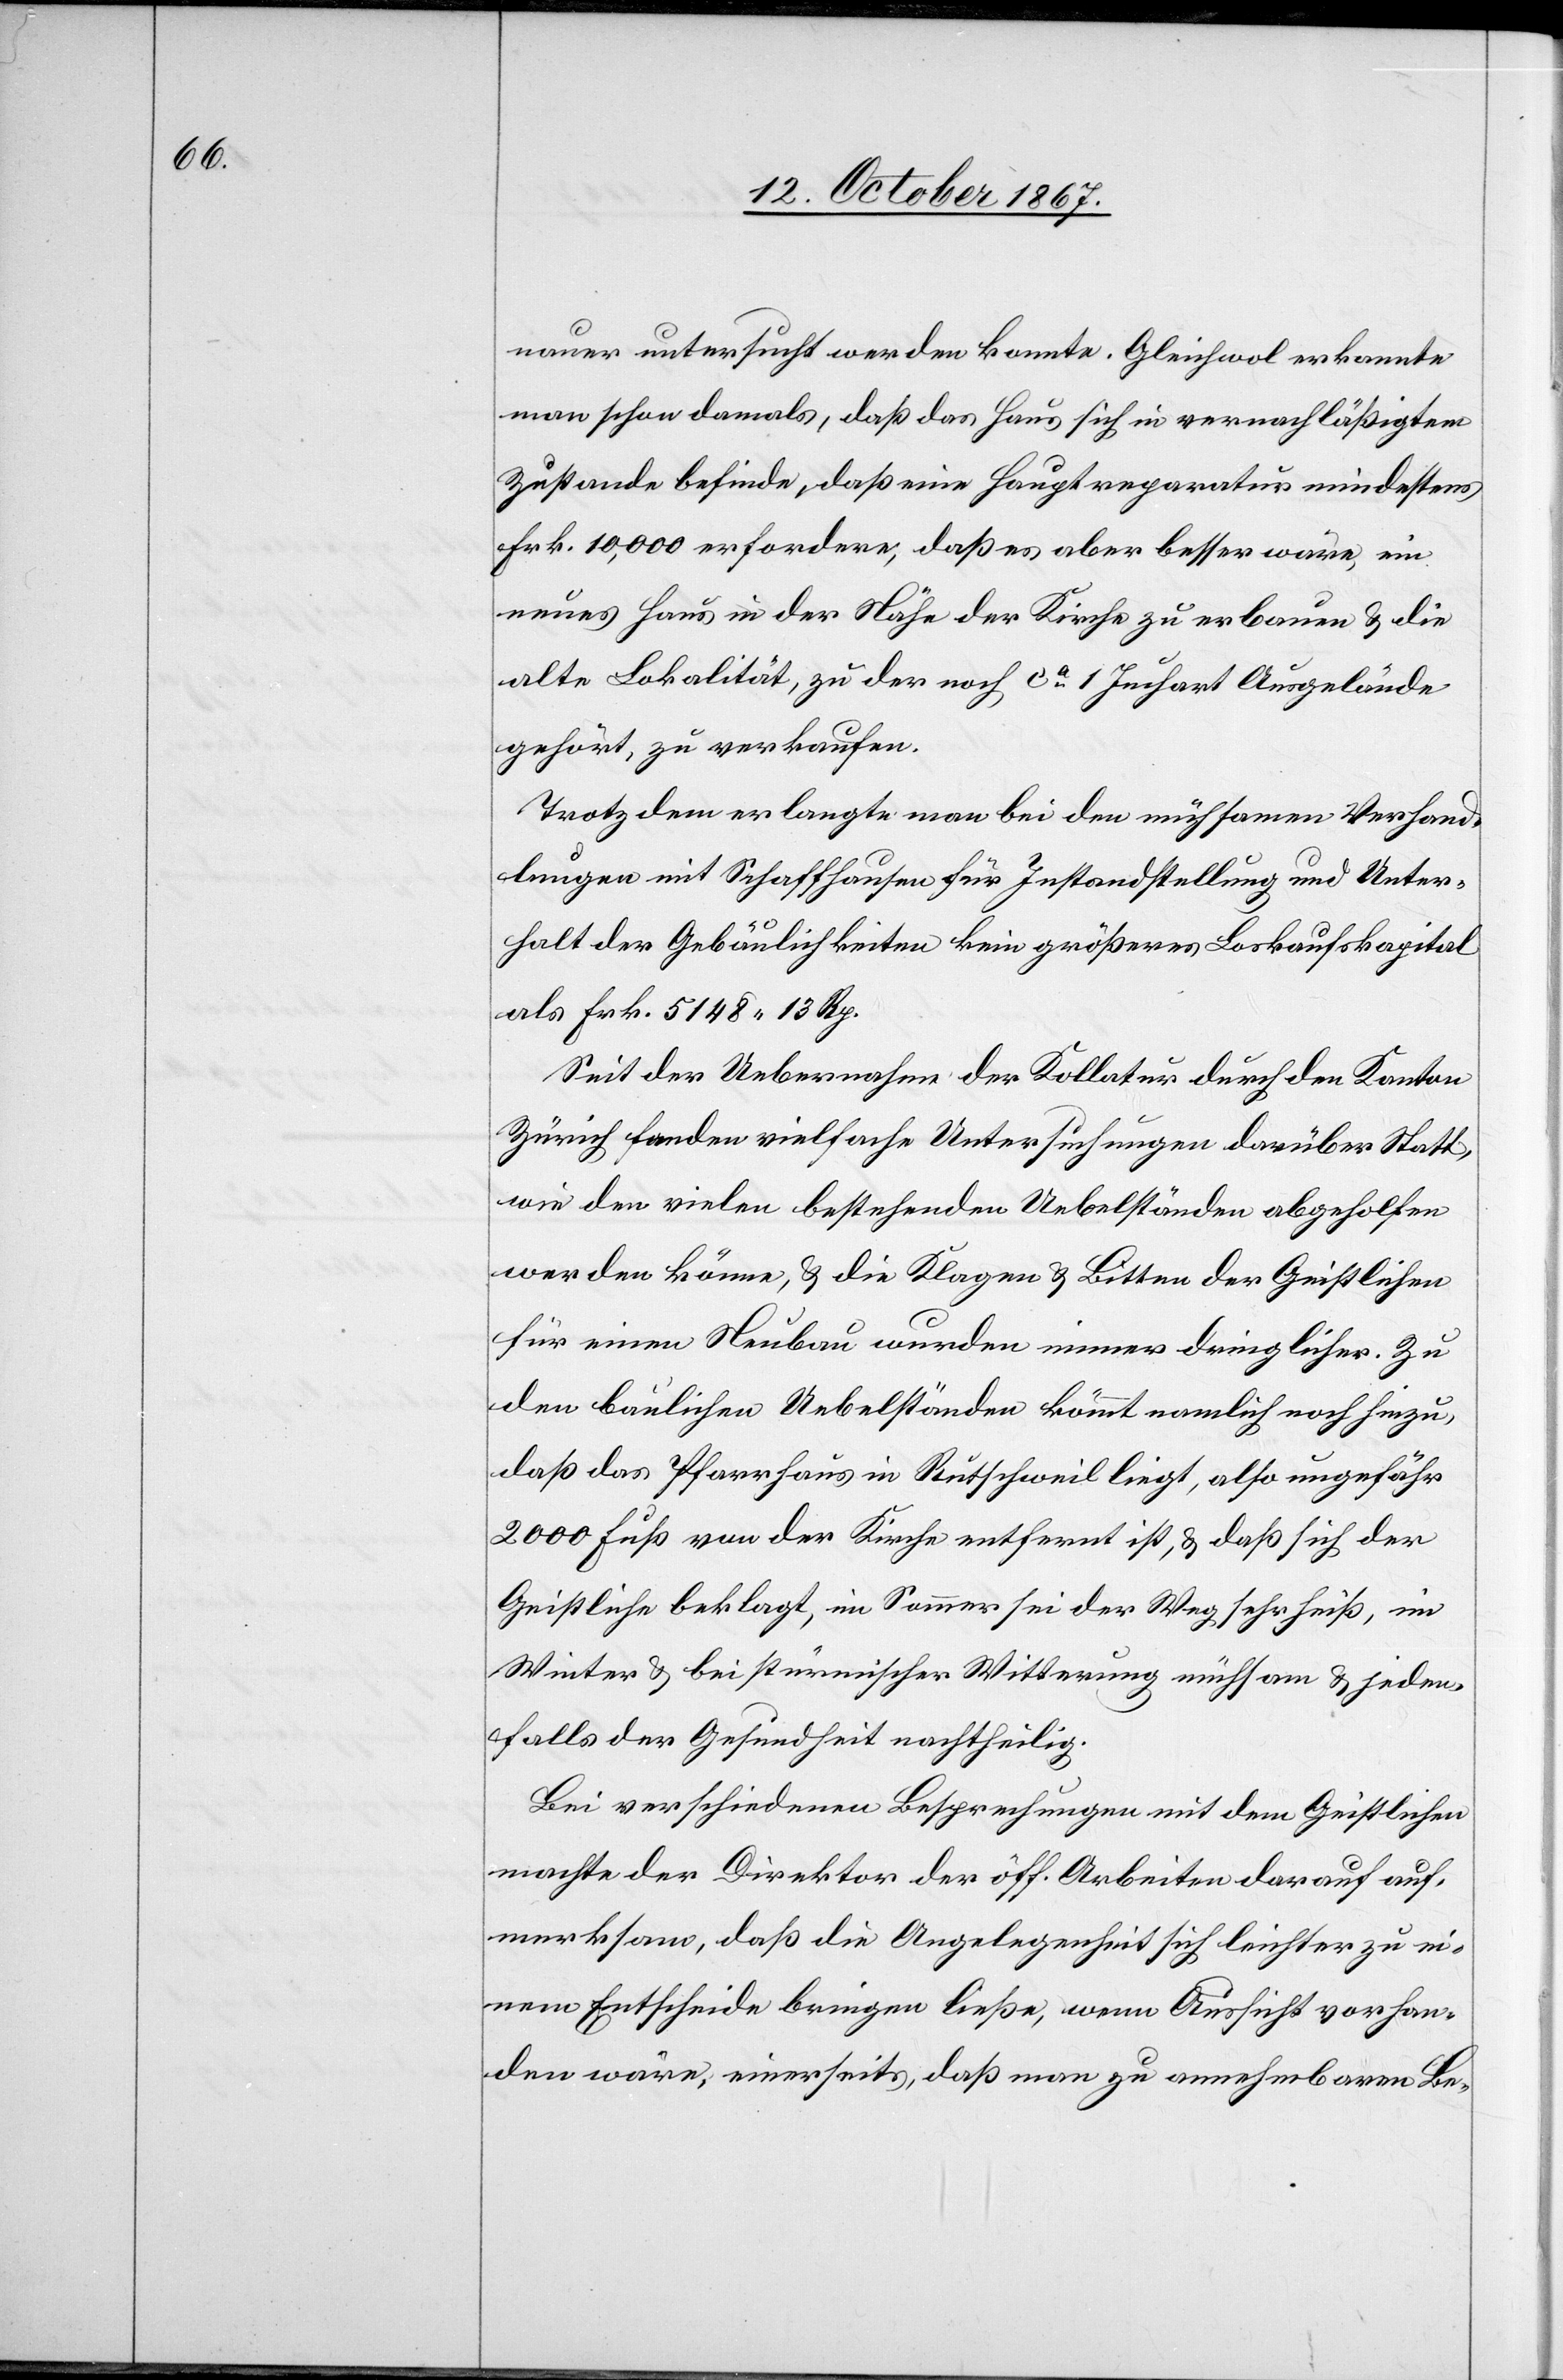
nauer untersucht werden konnte. Gleichwol erkannte
man schon damals, daß das Haus sich in vernachläßigtem
Zustande befinde, daß eine Hauptreparatur mindestens
Frk. 10 000 erfordere, daß es aber besser wäre, ein
neues Haus in der Nähe der Kirche zu erbauen u. die
alte Lokalität, zu der noch ca 1 Juchart Ausgelände
gehört, zu verkaufen.
Trotz dem erlangte man bei den mühsamen Verhand¬
lungen mit Schaffhausen für Instandhaltung und Unter¬
halt der Gebäulichkeiten kein größeres Loskaufskapital
als Frk. 5148.13 Rp.
Seit der Uebernahme der Kollatur durch den Kanton
Zürich fanden vielfache Untersuchungen darüber Statt,
wie den vielen bestehenden Uebelstände abgeholfen
werden könne, u. die Klagen u. Bitten der Geistlichen
für einen Neubau wurden immer dringlicher. Zu
den baulichen Uebelständen kömmt namlich noch hinzu,
daß das Pfarrhaus in Rutschweil liegt, also ungefähr
2000 Fuß von der Kirche entfernt ist, u. daß sich der
Geistliche beklagt, im Sommer sei der Weg sehr heiß, im
Winter u. bei stürmischer Witterung mühsam u. jeden¬
falls der Gesundheit nachtheilig.
Bei verschiedenen Besprechungen mit dem Geistlichen
machte der Direktor der öff. Arbeiten darauf auf¬
merksam, daß die Angelegenheit sich leichter zu ei¬
nem Entscheide bringen ließe, wenn Aussicht vorhan¬
den wäre, einerseits, daß man zu annehmbaren Be-